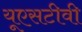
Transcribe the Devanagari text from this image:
यूएसटीवी